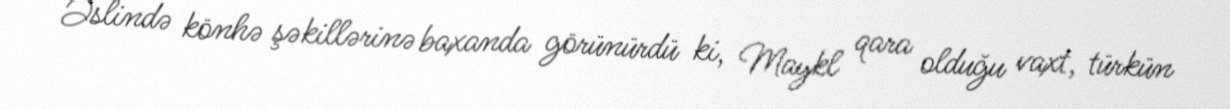
Əslində könhə şəkillərinə baxanda görünürdü ki, Maykl qara olduğu vaxt, türkün